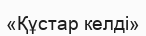
«Құстар келді»